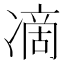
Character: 𭂞